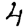
Digit: 4